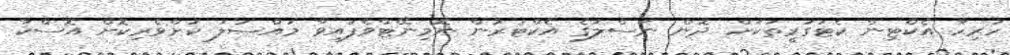
ހުރިހާ އެކްޓިން ކެޓަގަރީތަކަށް ދޮން ނަސްލުގެ އެކްޓަރުން ނޮމިނޭޓްވެފައިވާ މައްސަލަ ކުށްވެރިކޮށް އޮސްކާ